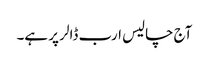
آج چالیس ارب ڈالر پر ہے۔